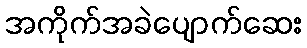
အကိုက်အခဲပျောက်ဆေး